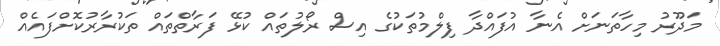
މަދޫރު މިހާތަނަށް އެނާ އުފައްދާ ފިލްމުތަކުގެ އިސް ރޯލުތައް ކުޅޭ ފަރާތްތައް ތަކުރާރުކޮށްފައެއް